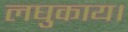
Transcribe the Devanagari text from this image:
लघुकाय।